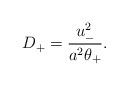
LaTeX: \begin{align*}D_{+} = \frac{u_-^2}{a^2 \theta_+}.\end{align*}